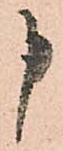
申